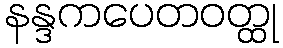
နန္ဒကပေတဝတ္ထု